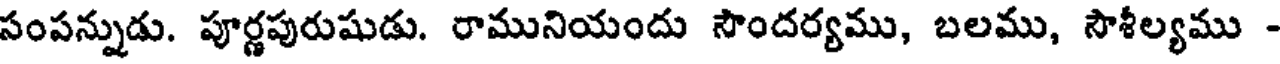
సంపన్నుడు. పూర్ణపురుషుడు. రామునియందు సౌందర్యము, బలము, సౌశీల్యము -